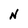
Character: N